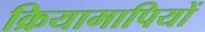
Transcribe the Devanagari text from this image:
क्रियामापियों